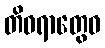
တိဝရာတွေဝ